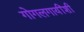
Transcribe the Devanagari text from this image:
गोगलगायींशी